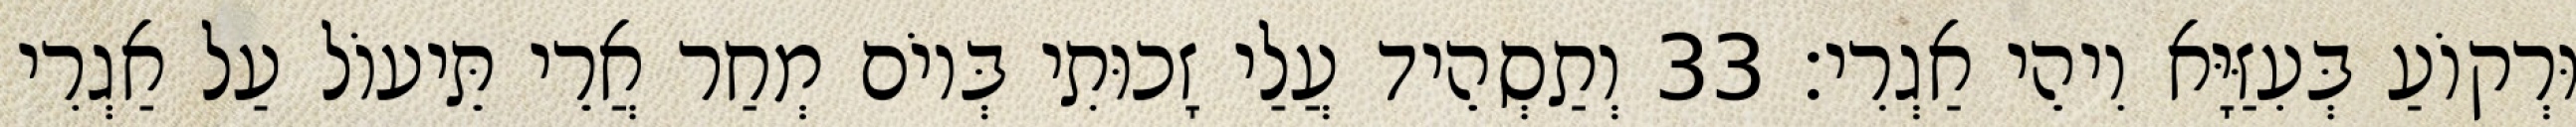
וּרְקוֹעַ בְּעִזַּיָּא וִיהֵי אַגְרִי׃ 33 וְתַסְהֵיד עֲלַי זָכוּתִי בְּיוֹם מְחַר אֲרֵי תֵּיעוֹל עַל אַגְרִי